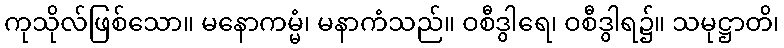
ကုသိုလ်ဖြစ်သော။ မနောကမ္မံ၊ မနာကံသည်။ ဝစီဒွါရေ၊ ဝစီဒွါရ၌။ သမုဋ္ဌာတိ၊